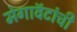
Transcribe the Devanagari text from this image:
मेगावॅटांची